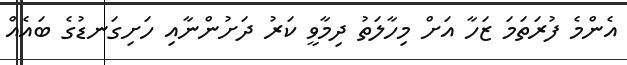
އެންމެ ފުރަތަމަ ޒަހާ އަށް މިހާލަތު ދިމާވީ ކަރު ދަށުންނާއި ހަށިގަނޑުގެ ބައެއް